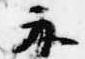
示